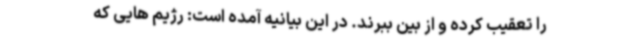
را تعقیب کرده و از بین ببرند. در این بیانیه آمده است: رژیم هایی که